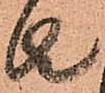
者